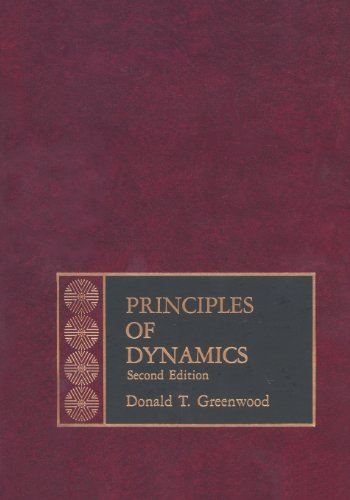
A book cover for Principles of Dynamics (2nd Edition); Donald T. Greenwood; Science & Math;